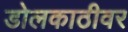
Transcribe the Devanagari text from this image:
डोलकाठीवर